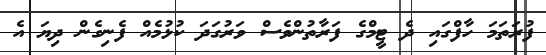
ފުރަތަމަ ހާފްގައި ދެ ޓީމްގެ ފަރާތުންވެސް ވަރުގަދަ ކުޅުމެއް ފެނިގެން ދިޔަ އެ